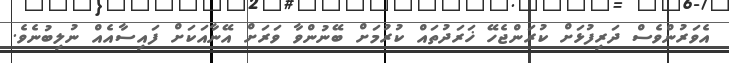
އެވަރުންވެސް ދަރިފުޅަށް ކުރަންޖެހޭ ޚަރަދުތައް ކުރުމަށް ބޭނުންވާ ވަރަށް އޭނާއަކަށް ފައިސާއެއް ނުލިބުނެވެ.